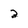
Character: 2